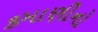
કમાણીનો